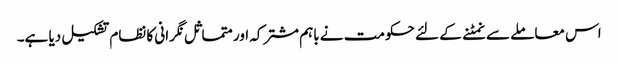
اس معاملے سے نمٹنے کے لئے حکومت نے باہم مشترکہ اور متماثل نگرانی کا نظام تشکیل دیا ہے۔